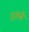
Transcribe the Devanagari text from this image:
तलबे